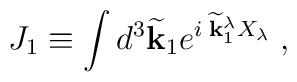
J_1  \equiv \int d^3 \widetilde{\bf k}_1 e^{i\; \widetilde{\bf k}_1^\lambda X_\lambda} \;,